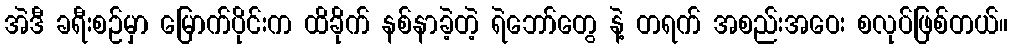
အဲဒီ ခရီးစဉ်မှာ မြောက်ပိုင်းက ထိခိုက် နစ်နာခဲ့တဲ့ ရဲဘော်တွေ နဲ့ တရက် အစည်းအဝေး စလုပ်ဖြစ်တယ်။